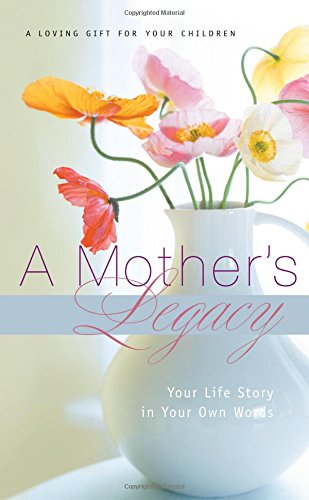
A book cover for A Mother's Legacy: Your Life Story in Your Own Words; Thomas Nelson; Parenting & Relationships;